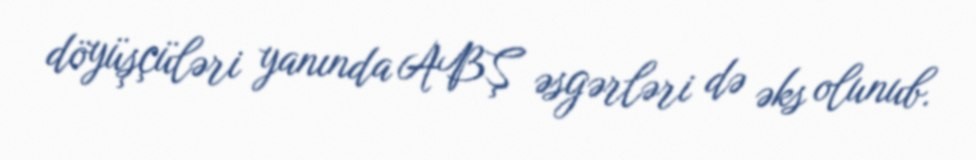
döyüşçüləri yanında ABŞ əsgərləri də əks olunub.